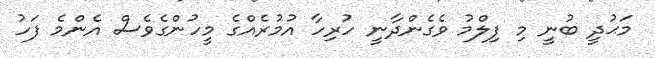
މަޙުދީ ބުނީ މި ފިލްމު ވެގެންދާނީ ހުރިހާ އުމުރެއްގެ މީހުންގެވެސް އެންމެ ފަހު